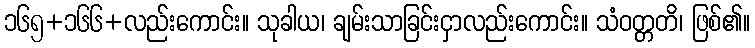
၁၆၅+၁၆၆+လည်းကောင်း။ သုခါယ၊ ချမ်းသာခြင်းငှာလည်းကောင်း။ သံဝတ္တတိ၊ ဖြစ်၏။